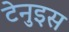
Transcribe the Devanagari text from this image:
टेनुइस